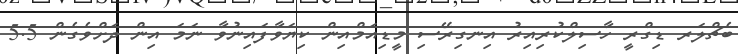
ބެޗްލަރ ޑިގްރީ ހާސިލްކުރިއިރު އިނގިރޭސި މީޑިއަމްއިން ކިޔަވާފައިނުވާ ނަމަ އިން ދަށްވެގެން 5.5